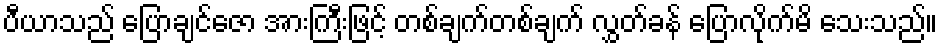
ပီယာသည် ပြောချင်ဇော အားကြီးဖြင့် တစ်ချက်တစ်ချက် လွှတ်ခန် ပြောလိုက်မိ သေးသည်။